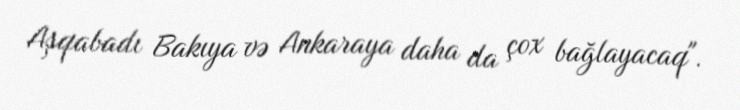
Aşqabadı Bakıya və Ankaraya daha da çox bağlayacaq".